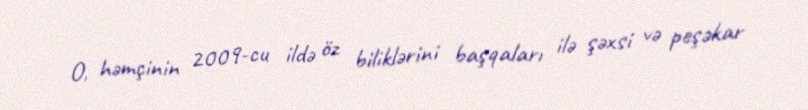
O, həmçinin 2009-cu ildə öz biliklərini başqaları ilə şəxsi və peşəkar